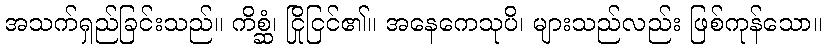
အသက်ရှည်ခြင်းသည်။ ကိစ္ဆံ၊ ငြိုငြင်၏။ အနေကေသုပိ၊ များသည်လည်း ဖြစ်ကုန်သော။